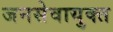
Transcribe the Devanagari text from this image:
जनसेवायुक्‍त